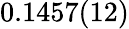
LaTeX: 0.1457(12)